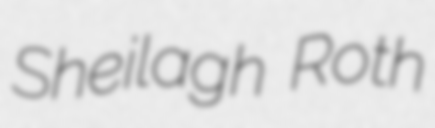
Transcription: Sheilagh Roth